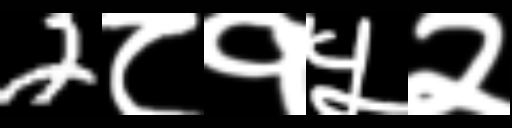
Text: 2८१५२